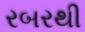
રબરથી